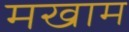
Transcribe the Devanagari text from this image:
मखाम